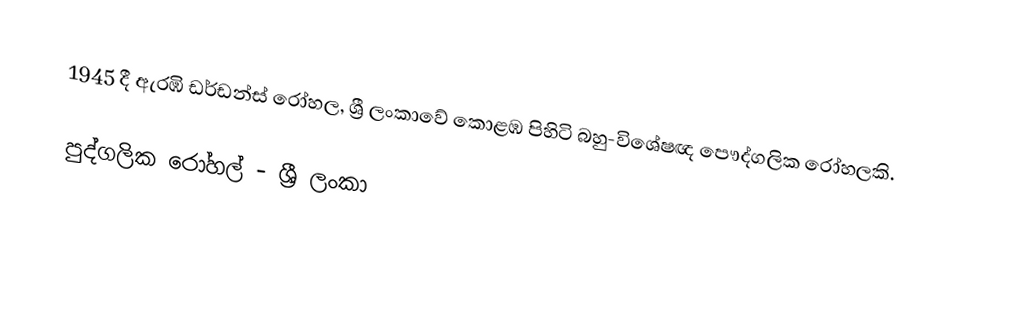
1945 දී ඇරඹි ඩර්ඩන්ස් රෝහල,  ශ්‍රී ලංකාවේ කොළඹ පිහිටි බහු-විශේෂඥ පෞද්ගලික රෝහලකි.

පුද්ගලික රෝහල් - ශ්‍රී ලංකා